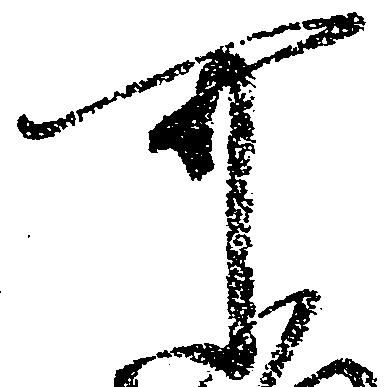
可